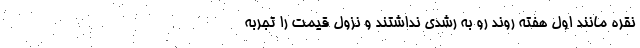
نقره مانند اول هفته روند رو به رشدی نداشتند و نزول قیمت را تجربه